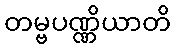
တမ္ဗပဏ္ဏိယာတိ